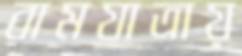
রামযাত্রায়